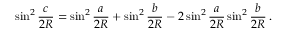
\sin ^ { 2 } { \frac { c } { 2 R } } = \sin ^ { 2 } { \frac { a } { 2 R } } + \sin ^ { 2 } { \frac { b } { 2 R } } - 2 \sin ^ { 2 } { \frac { a } { 2 R } } \sin ^ { 2 } { \frac { b } { 2 R } } \, .